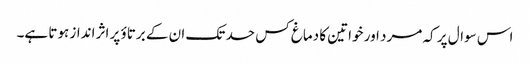
اس سوال پر کہ مرد اور خواتین کا دماغ کس حد تک ان کے برتاؤ پر اثر انداز ہوتا ہے۔